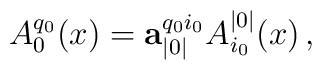
A_0^{q_0}(x)=\mathbf{a}_{|0|}^{q_0i_0}A_{i_0}^{|0|}(x)\,,